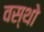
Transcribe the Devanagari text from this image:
वस्थाे